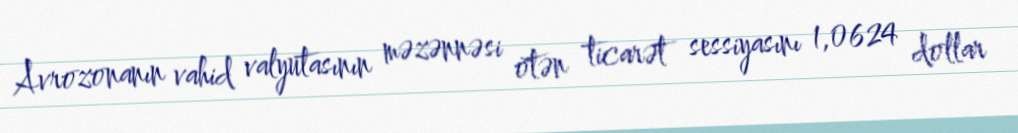
Avrozonanın vahid valyutasının məzənnəsi ötən ticarət sessiyasını 1,0624 dollar